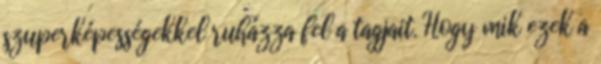
szuperképességekkel ruházza fel a tagjait. Hogy mik ezek a